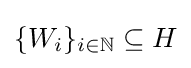
\{W_{i}\}_{i\in \mathbb {N} }\subseteq H